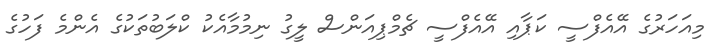
މިއަހަރުގެ އޭއެފްސީ ކަޕާއި އޭއެފްސީ ޗެމްޕިއަންސް ލީގު ނިމުމާއެކު ކްލަބުތަކުގެ އެންމެ ފަހުގެ